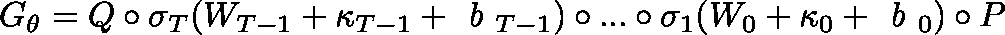
G _ { \theta } = Q \circ \sigma _ { T } ( W _ { T - 1 } + \kappa _ { T - 1 } + \textit { b } _ { T - 1 } ) \circ . . . \circ \sigma _ { 1 } ( W _ { 0 } + \mathbf { \kappa } _ { 0 } + \textit { b } _ { 0 } ) \circ P